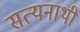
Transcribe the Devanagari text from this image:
सत्यनाथी